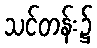
သင်တန်း၌